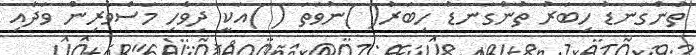
ތުންގަނޑު ހިބަރު ތުންގަނޑު ހިބަރު( )ނުވަތަ ( )އަކީ ދިވެހި މަސްވެރިން ވަދާއި